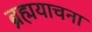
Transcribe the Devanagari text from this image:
ब्रह्मयाचना